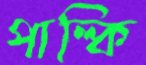
পাল্কি